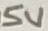
Text: 5V